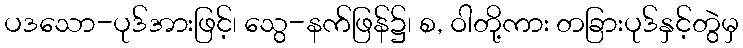
ပဒသော-ပုဒ်အားဖြင့်၊ သွေ-နက်ဖြန်၌၊ စ, ဝါတို့ကား တခြားပုဒ်နှင့်တွဲမှ